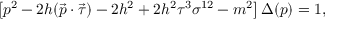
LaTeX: \left[ p ^ { 2 } - 2 h ( \vec { p } \cdot \vec { \tau } ) - 2 h ^ { 2 } + 2 h ^ { 2 } \tau ^ { 3 } \sigma ^ { 1 2 } - m ^ { 2 } \right] \Delta ( p ) = 1 ,